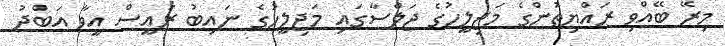
މިރޭ ބޭއްވި ރައްޔިތުންގެ މަޖިލީހުގެ ޖަލްސާގައި މަޖިލީހުގެ ނައިބު ރައީސް އީވާ އަބްދު